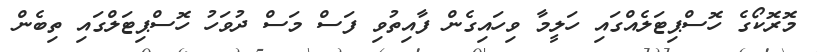
މޮރޮކޯގެ ހޮސްޕިޓަލެއްގައި ހަލީމާ ވިހައިގެން ފާއިތުވި ފަސް މަސް ދުވަހު ހޮސްޕިޓަލްގައި ތިބެން